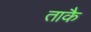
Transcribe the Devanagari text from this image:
ताकै